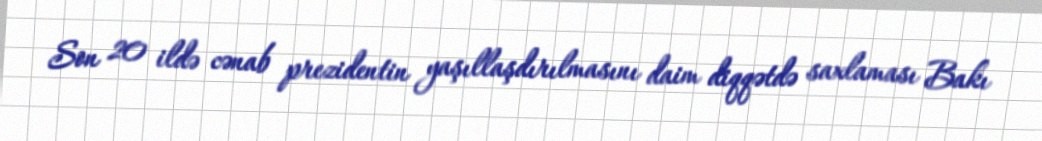
Son 20 ildə cənab prezidentin yaşıllaşdırılmasını daim diqqətdə saxlaması Bakı